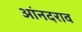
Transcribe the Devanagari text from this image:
आंनदराव